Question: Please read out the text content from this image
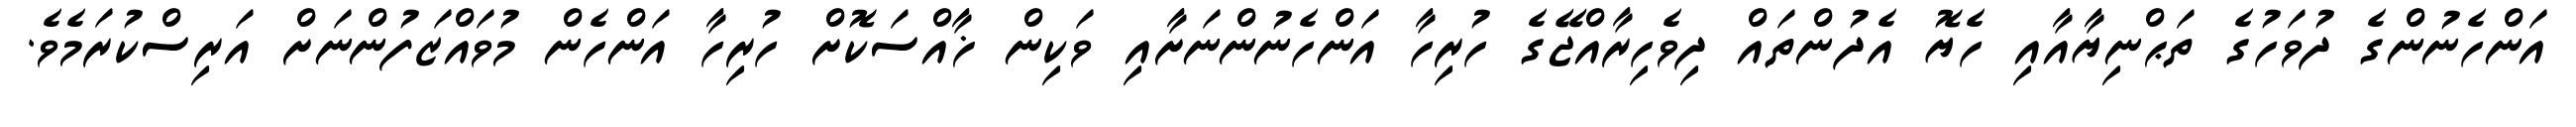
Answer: އަންހެނުންގެ ދުވަހުގެ ތަޙްނިޔާއާއި ހެޔޮ އެދުންތައް ދިވެހިރާއްޖޭގެ ހުރިހާ އަންހެނުންނަށާއި ވަކިން ޚާއްސަކޮށް ހުރިހާ އަންހެން މުވައްޒަފުންނަށް އަރިސްކުރަމެވެ.